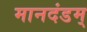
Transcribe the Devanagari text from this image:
मानदंडम्